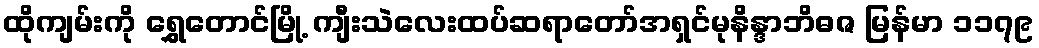
ထိုကျမ်းကို ရွှေတောင်မြို့ ကျီးသဲလေးထပ်ဆရာတော်အရှင်မုနိန္ဒာဘိဓဇ မြန်မာ ၁၁၇၉